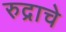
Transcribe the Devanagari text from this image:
रुद्राचे